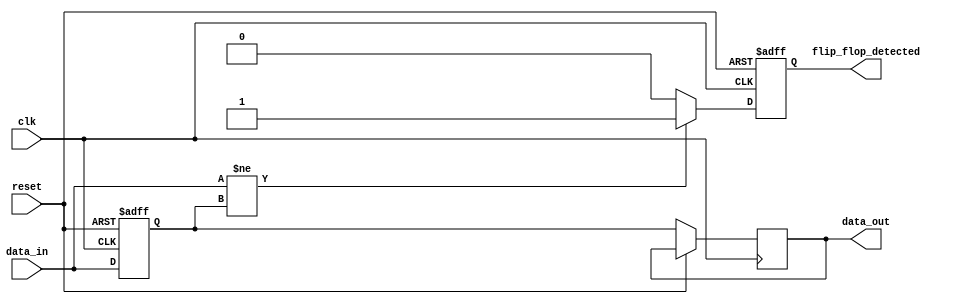
module MemoryBlock (
    input wire clk,
    input wire reset,
    input wire [7:0] data_in,
    output reg flip_flop_detected,
    output reg [7:0] data_out
);
    reg [7:0] memory;

    always @(posedge clk or posedge reset) begin
        if (reset) begin
            memory <= 8'b0;
            flip_flop_detected <= 1'b0;
        end else begin
            // Sample input data
            memory <= data_in;

            // Detection logic for flip-flop characteristics
            if (data_in != memory) begin
                flip_flop_detected <= 1'b1; // Flip-flop behavior detected
            end else begin
                flip_flop_detected <= 1'b0;
            end

            // Output the stored data
            data_out <= memory;
        end
    end
endmodule